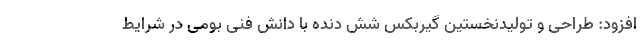
افزود: طراحی و تولیدنخستین گیربکس شش دنده با دانش فنی بومی در شرایط